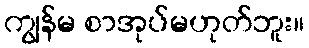
ကျွန်မ စာအုပ်မဟုတ်ဘူး။